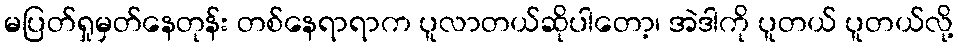
မပြတ်ရှုမှတ်နေတုန်း တစ်နေရာရာက ပူလာတယ်ဆိုပါတော့၊ အဲဒါကို ပူတယ် ပူတယ်လို့